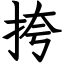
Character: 挎